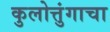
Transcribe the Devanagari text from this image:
कुलोत्तुंगाचा